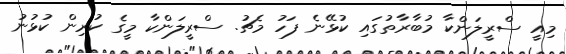
މިއީ ސްރީލަންކާ މުބާރާތުގައި ކުޅޭނެ ފަހު މެޗު. ސްރީލަންކާ މީގެ ކުރިން ކުޅުނު